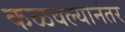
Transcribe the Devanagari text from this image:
कळवल्यानंतर